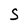
Character: S